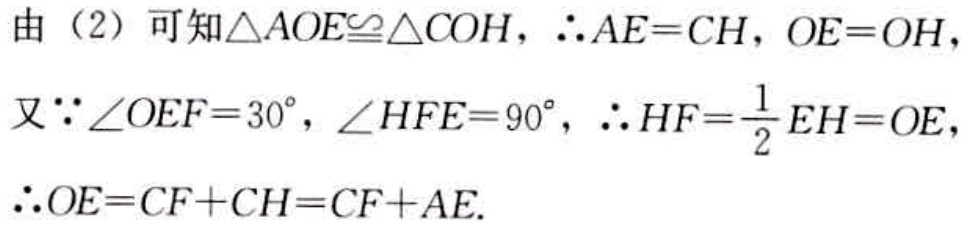
由（2）可知$\triangle AOE\cong\triangle COH$，$\therefore AE = CH$，$OE = OH$，
又$\because\angle OEF = 30^{\circ}$，$\angle HFE = 90^{\circ}$，$\therefore HF=\frac{1}{2}EH = OE$，
$\therefore OE = CF + CH = CF + AE$.